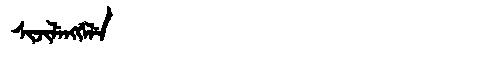
Manchu: ᠰᡳᠵᡳᠯᡝᠩᡤᡝᠯᡝ
Romanization: SIJILENGGELE